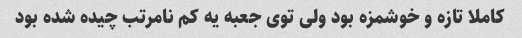
کاملا تازه و خوشمزه بود ولی توی جعبه یه کم نامرتب چیده شده بود